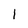
Character: I